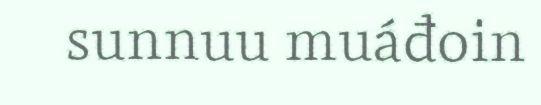
sunnuu muáđoin